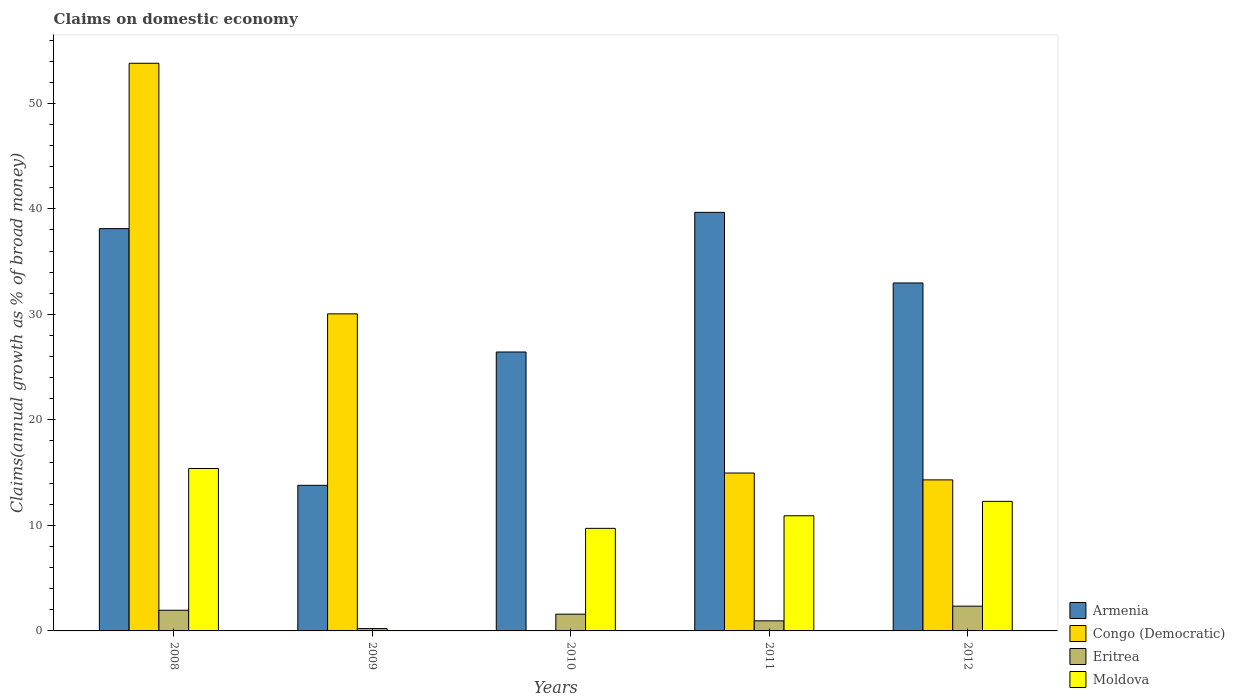
| Years | Armenia | Congo (Democratic) | Eritrea | Moldova |
 | --- | --- | --- | --- | --- |
 | 2008 | 38.1 | 53.8 | 1.96 | 15.4 |
 | 2009 | 13.8 | 30 | 0.223 | -4 |
 | 2010 | 26.4 | -1.79 | 1.59 | 9.72 |
 | 2011 | 39.7 | 15 | 0.956 | 10.9 |
 | 2012 | 33 | 14.3 | 2.35 | 12.3 |